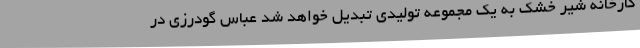
کارخانه شیر خشک به یک مجموعه تولیدی تبدیل خواهد شد عباس گودرزی در